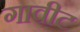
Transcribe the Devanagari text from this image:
गावीट